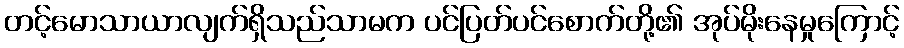
တင့်မောသာယာလျက်ရှိသည်သာမက ပင်ပြတ်ပင်စောက်တို့၏ အုပ်မိုးနေမှုကြောင့်